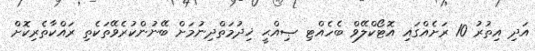
އަދި އިތުރު 10 ރަށެއްގައި އޮޓޯކްލޭވް ބެހެއްޓި ޞިއްޙީ ޚިދުމަތްދިނުމަށް ބޭނުންކުރެވޭތަކެތި ރައްކާތެރިކޮށް